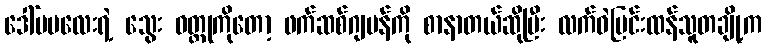
ဒေါ်မမလေးရဲ့ သွေး ဝတ္ထုကိုတော့ ဖက်ဆစ်ဂျပန်ကို စာနာတယ်ဆိုပြီး လက်ဝဲပြင်းထန်သူတချို့က